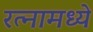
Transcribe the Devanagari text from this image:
रत्‍नामध्ये